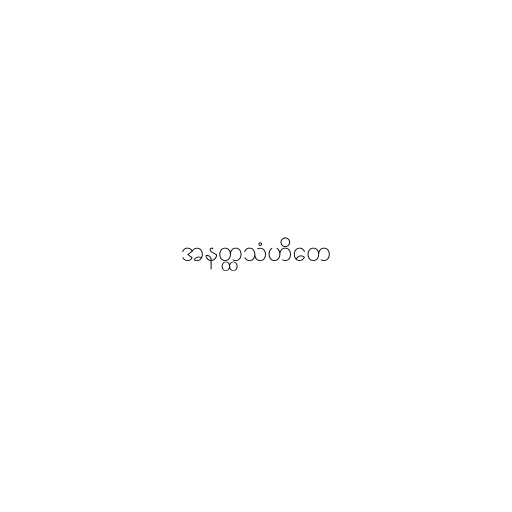
အနတ္ထသံဟိတေ